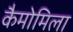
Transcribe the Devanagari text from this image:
कैमोमिला